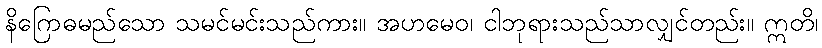
နိဂြောဓမည်သော သမင်မင်းသည်ကား။ အဟမေဝ၊ ငါဘုရားသည်သာလျှင်တည်း။ ဣတိ၊